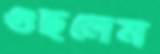
গুছলেম